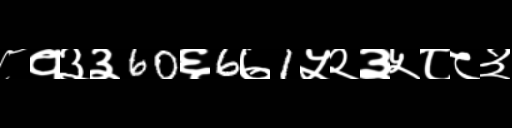
Text: ८१३३60६6७1५२३५८८३